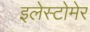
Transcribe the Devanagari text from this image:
इलेस्टोमेर